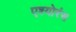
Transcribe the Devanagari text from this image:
एश्योरंस